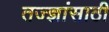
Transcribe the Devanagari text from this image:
तज्ज्ञांसाठी